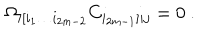
\Omega _ { i [ i _ { 1 } \dots i _ { 2 m - 2 } } C _ { i _ { 2 m - 1 } ] i j } = 0 \ .